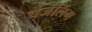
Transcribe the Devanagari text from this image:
चेंजेलिंग